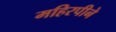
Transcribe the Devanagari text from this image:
महिरपीने